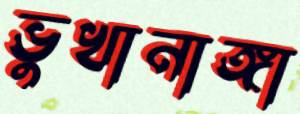
ভুখানাঙ্গা